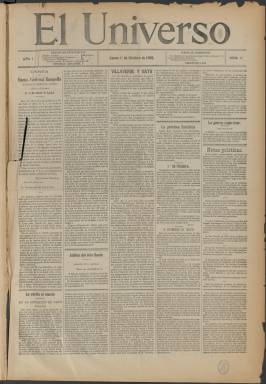
Título: El Universo (Madrid)
Colección: Revistas de información general
Ámbito geográfico: Madrid
Lugar de publicación: Madrid
Fechas: 01/10/1900-17/07/1936

Debido al estado de conservación del original todavía no ha sido posible digitalizar los siguientes volúmenes:

Vol. 10: Primer semestre de 1905
Vol. 61: Cuatro trimestre de 1922

La BNE dispone de una reproducción en microfilme de estos volúmenes.